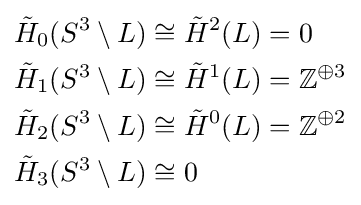
{\begin{aligned}{\tilde {H}}_{0}(S^{3}\setminus L)&\cong {\tilde {H}}^{2}(L)=0\\{\tilde {H}}_{1}(S^{3}\setminus L)&\cong {\tilde {H}}^{1}(L)=\mathbb {Z} ^{\oplus 3}\\{\tilde {H}}_{2}(S^{3}\setminus L)&\cong {\tilde {H}}^{0}(L)=\mathbb {Z} ^{\oplus 2}\\{\tilde {H}}_{3}(S^{3}\setminus L)&\cong 0\\\end{aligned}}